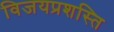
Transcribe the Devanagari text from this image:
विजयप्रशस्ति